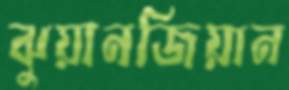
ঝুয়ানজিয়ান